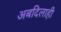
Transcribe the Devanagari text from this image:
अबदिलाही